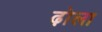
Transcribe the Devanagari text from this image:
ढ़ोला